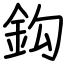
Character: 鈎